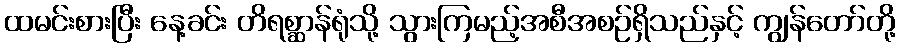
ထမင်းစားပြီး နေ့ခင်း တိရစ္ဆာန်ရုံသို့ သွားကြမည့်အစီအစဉ်ရှိသည်နှင့် ကျွန်တော်တို့